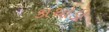
કાથોડી